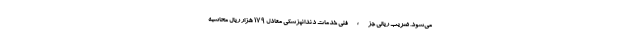
می‌شود. ضریب ریالی جزء فنی خدمات دندانپزشکی معادل ۱۷۹ هزار ریال محاسبه